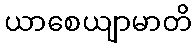
ယာစေယျာမာတိ